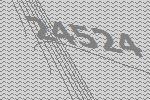
24524